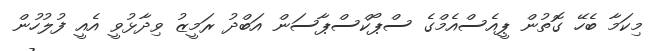
މިކަމާ ބެހޭ ގޮތުން ޕީއެސްއެމްގެ ސްޕޯކްސްޕާސަން އަބްދު ރަމީޒު ވިދާޅުވީ އެއީ ފުލުހުން